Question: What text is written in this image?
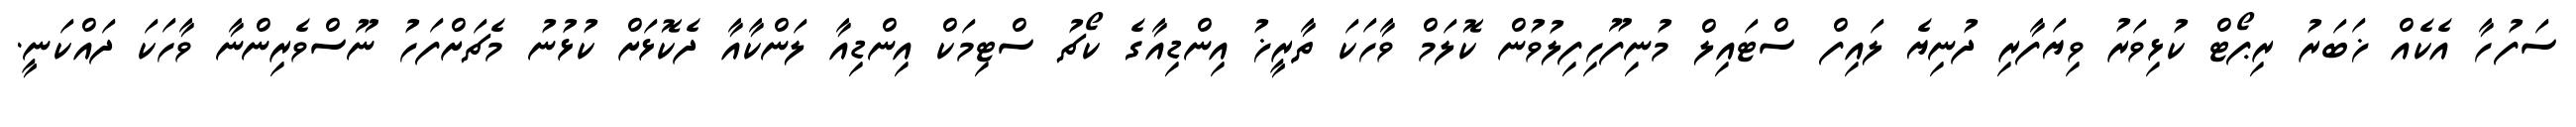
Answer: ސަފުހާ އެކެއް ޚަބަރު ރިޕޯޓް ކުޅިވަރު ވިޔަފާރި ދުނިޔެ ލައިފް ސްޓައިލް މުނިފޫހިފިލުވުން ކޮލަމް ވާހަކަ ތާރީޚު އިންޑިއާގެ ކޯޗު ސްޓިމަކް އިންޑިއާ ލަންކާއާ ދެކޮޅަށް ކުޅުނު މެޗަށްފަހު ނޫސްވެރިންނާ ވާހަކަ ދައްކަނީ.